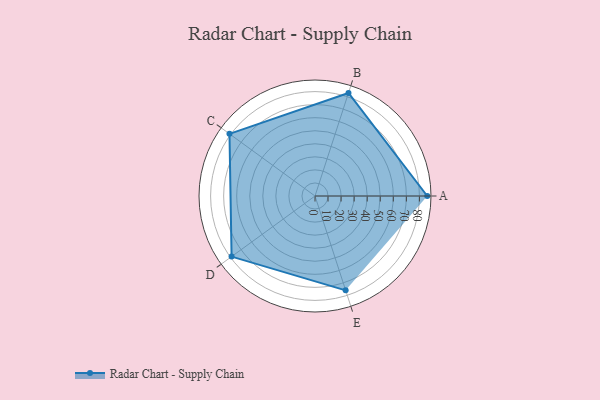
{"axis": {"x": "Skill", "y": "Score"}, "legend": ["Profile"], "data": [{"x": "A", "y": 86.0, "type": "Profile"}, {"x": "B", "y": 83.0, "type": "Profile"}, {"x": "C", "y": 81.0, "type": "Profile"}, {"x": "D", "y": 79.0, "type": "Profile"}, {"x": "E", "y": 76.0, "type": "Profile"}]}